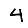
Digit: 4